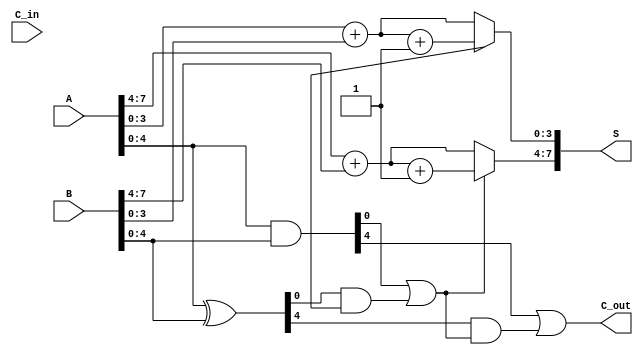
module CarrySelectAdder #(parameter N = 8) (
    input [N-1:0] A, // First operand
    input [N-1:0] B, // Second operand
    input C_in,      // Carry input
    output [N-1:0] S, // Sum output
    output C_out     // Carry output
);

    // Generate (G) and Propagate (P) signals
    wire [N-1:0] G; // Generate signal
    wire [N-1:0] P; // Propagate signal

    assign G = A & B; // G[i] = A[i] & B[i]
    assign P = A ^ B; // P[i] = A[i] ^ B[i]

    // Prefix computation for carry
    wire [N/4:0] C; // Carry signals for each group of bits
    
    // Group size is 4
    genvar i;
    generate
        for (i = 0; i < N/4; i = i + 1) begin 
            // Compute carries within blocks of 4 bits
            // Block i carry: C[i] is derived from respective G and P signals
            assign C[i + 1] = G[i*4] | (P[i*4] & C[i]);  // Carry out
        end
    endgenerate

    // Carry Select for each block
    wire [N-1:0] S0, S1; // S0 for C_in = 0 and S1 for C_in = 1

    generate
        for (i = 0; i < N/4; i = i + 1) begin
            // Calculate sums assuming C_in = 0
            assign S0[i*4 +: 4] = (A[i*4 +: 4] + B[i*4 +: 4]);
            // Calculate sums assuming C_in = 1
            assign S1[i*4 +: 4] = (A[i*4 +: 4] + B[i*4 +: 4] + 1);
        end
    endgenerate

    // Final Sum Calculation
    generate
        for (i = 0; i < N/4; i = i + 1) begin
            assign S[i*4 +: 4] = (C[i] ? S1[i*4 +: 4] : S0[i*4 +: 4]);
        end
    endgenerate

    // Compute the final carry out
    assign C_out = C[N/4];

endmodule